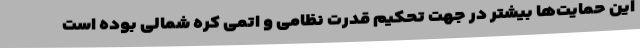
این حمایت‌ها بیشتر در جهت تحکیم قدرت نظامی و اتمی کره شمالی بوده است